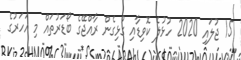
15 ޖުލައި 2020 ހުޅުލެ ކޮވިޑާއި ގުޅިގެން ރާއްޖޭގެ ބޯޑަރުތައް މި އަހަރުގެ